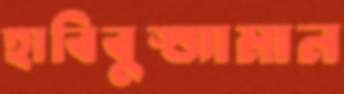
হাবিবুজ্জামান